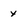
Character: X